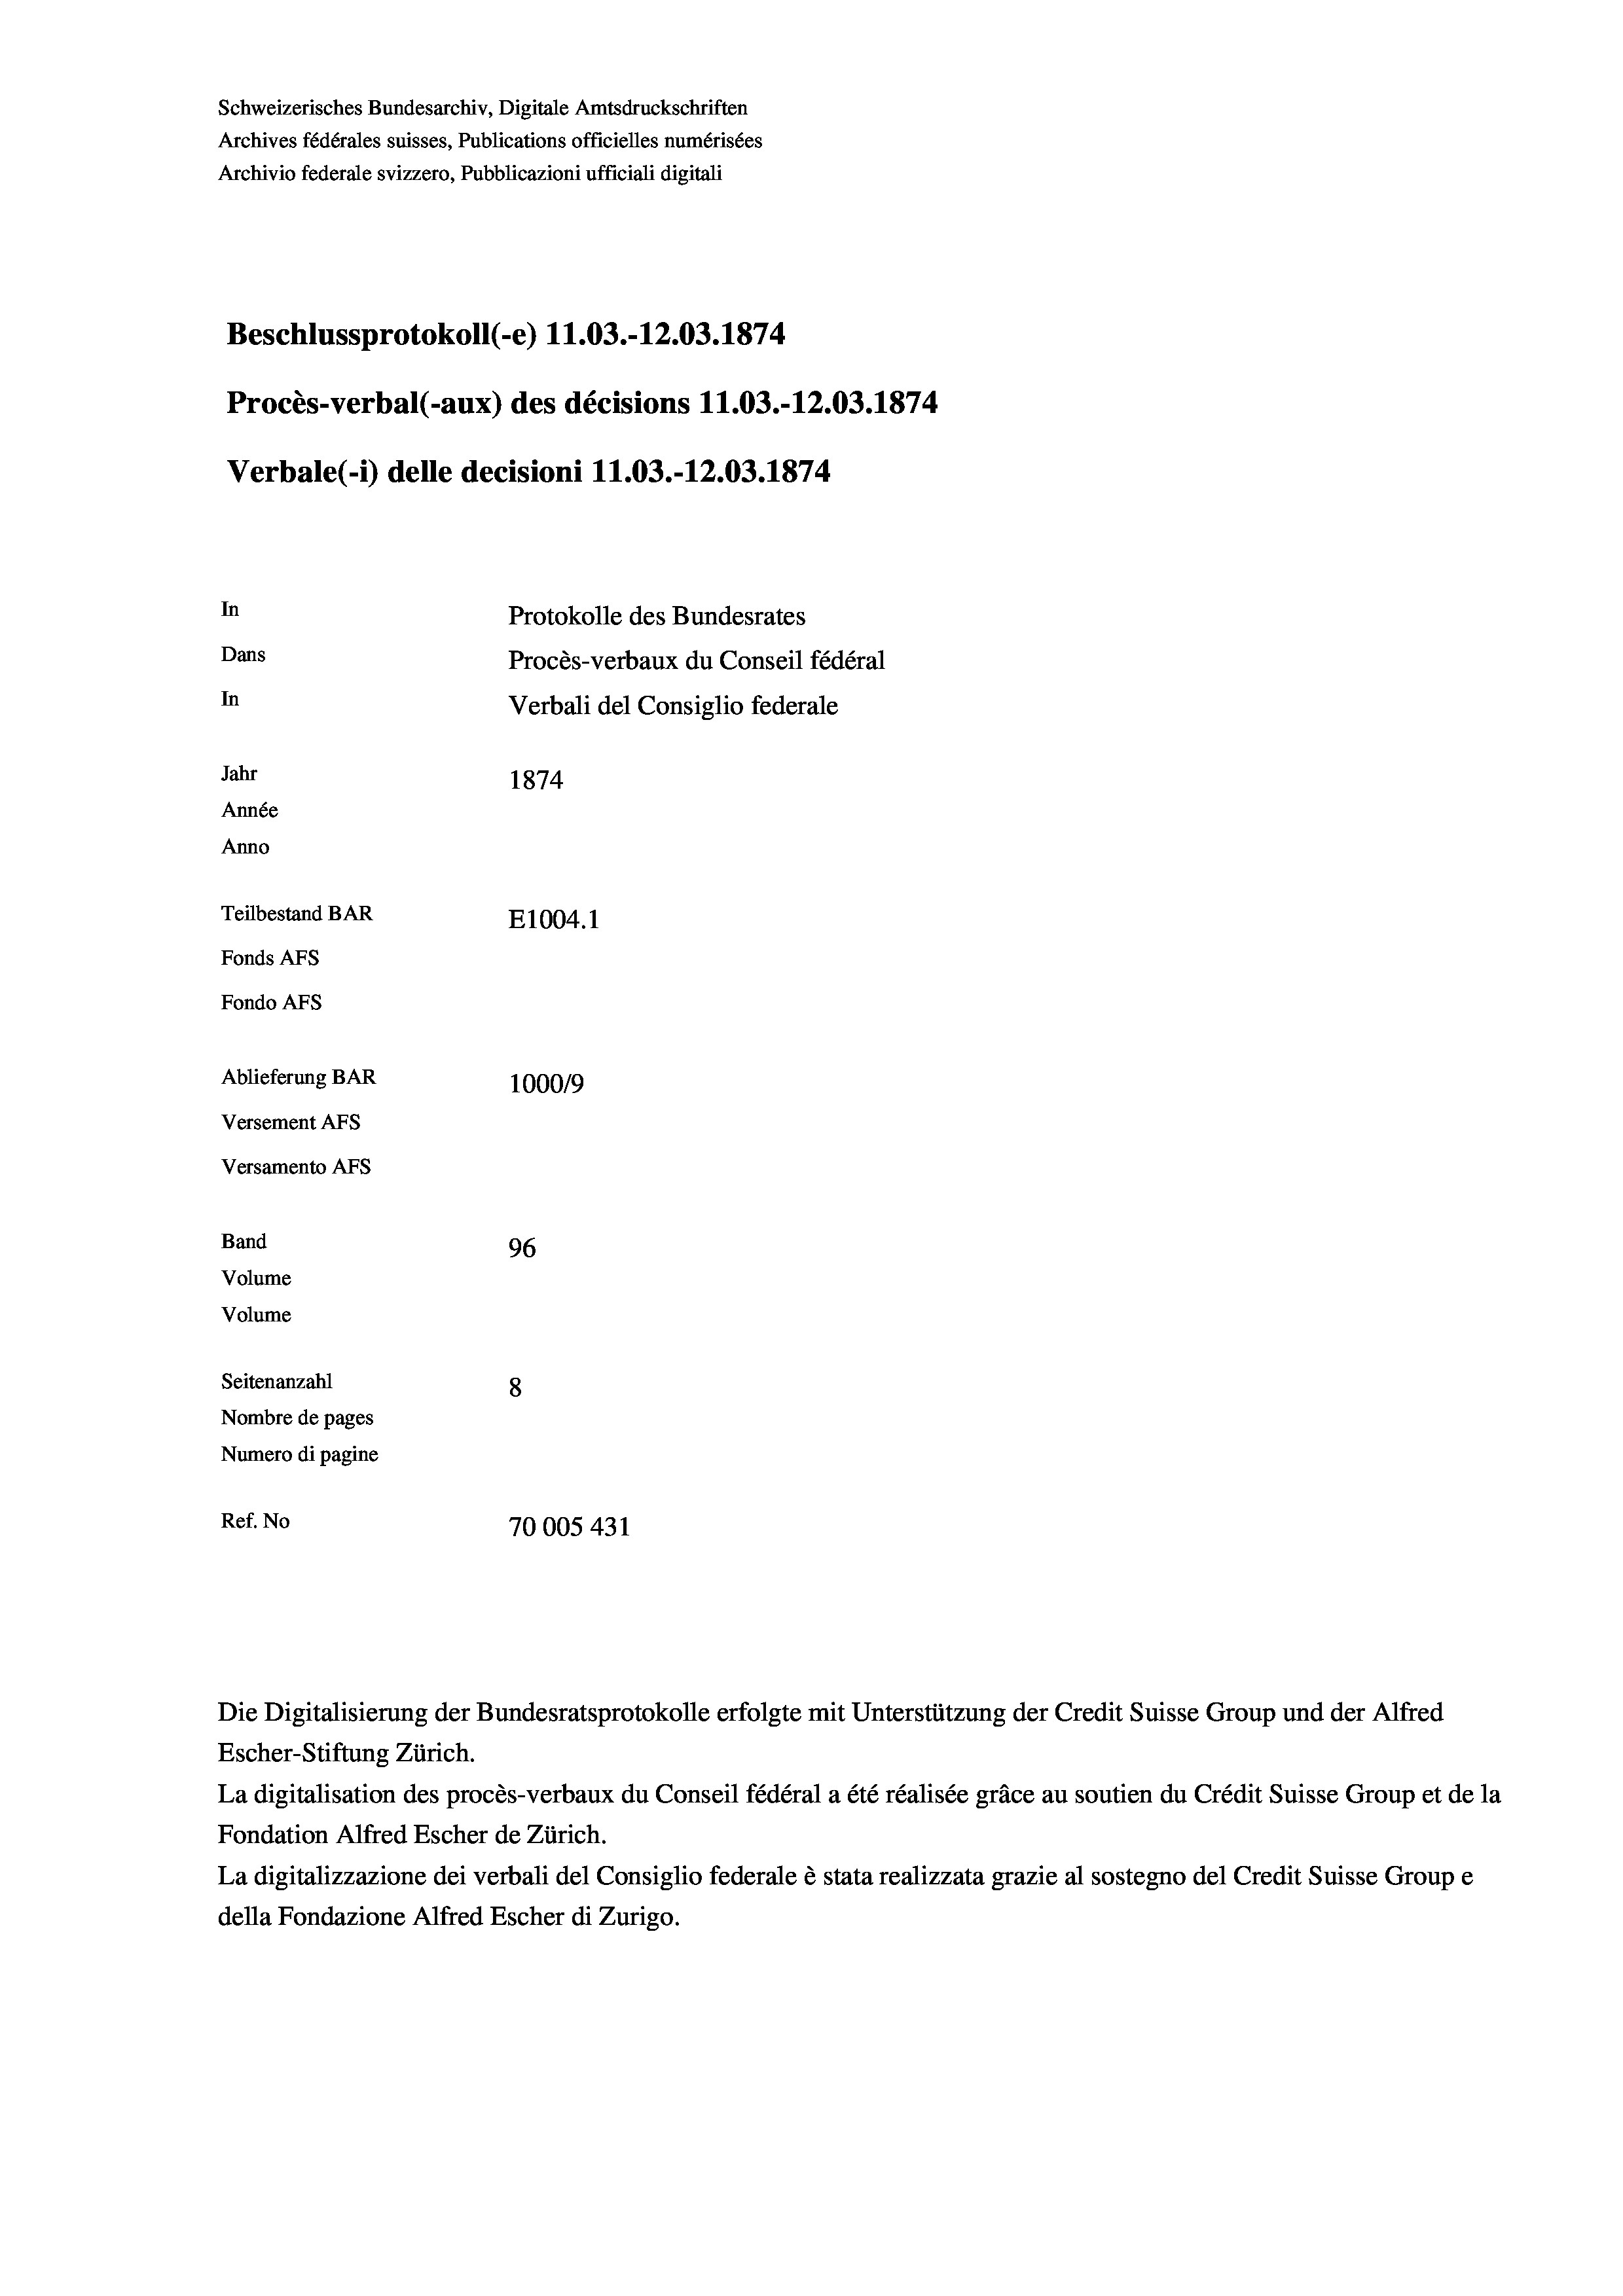
Schweizerisches Bundesarchiv, Digitale Amtsdruckschriften
Archives fédérales suisses, Publications officielles numérisées
Archivio federale svizzero, Pubblicazioni ufficiali digitali
Beschlussprotokoll (-e) 11.03.-12.03. 1874
Procès-verbal (-aux) des décisions 11.03.-12.03. 1874
Verbale(-*) delle decisioni 11.03.-12.03. 1874
In
Protokolle des Bundesrates
Dans
Procès-verbaux du Conseil fédéral
In
Verbali del Consiglio federale
Jahr
1874
Année
Anno
Teilbestand BAR
E1004. 1
Fonds AFs
Fondo AFs
Ablieferung BAR
100019
Versement AFs
Versamento AFs
Band
96
Volume
Volume
Seitenanzahl
8
Nombre de pages
Numero di pagine
Ref. No
70005 431

Escher-Stiftung Zürich.

La digitalisation des procès-verbaux du Conseil fédéral a été réalisée gräce au soutien du Crédit Suisse Group et de la
Fondation Alfred Escher de Zürich.
La digitalizzazione dei verbali del Consiglio federale è stata realizzata grazie al sostegno del Credit Suisse Groupe
della Fondazione Alfred Escher di Zurigo.

Die Digitalisierung der Bundesratsprotokolle erfolgte mit Unterstützung der Credit Suisse Group und der Alfred